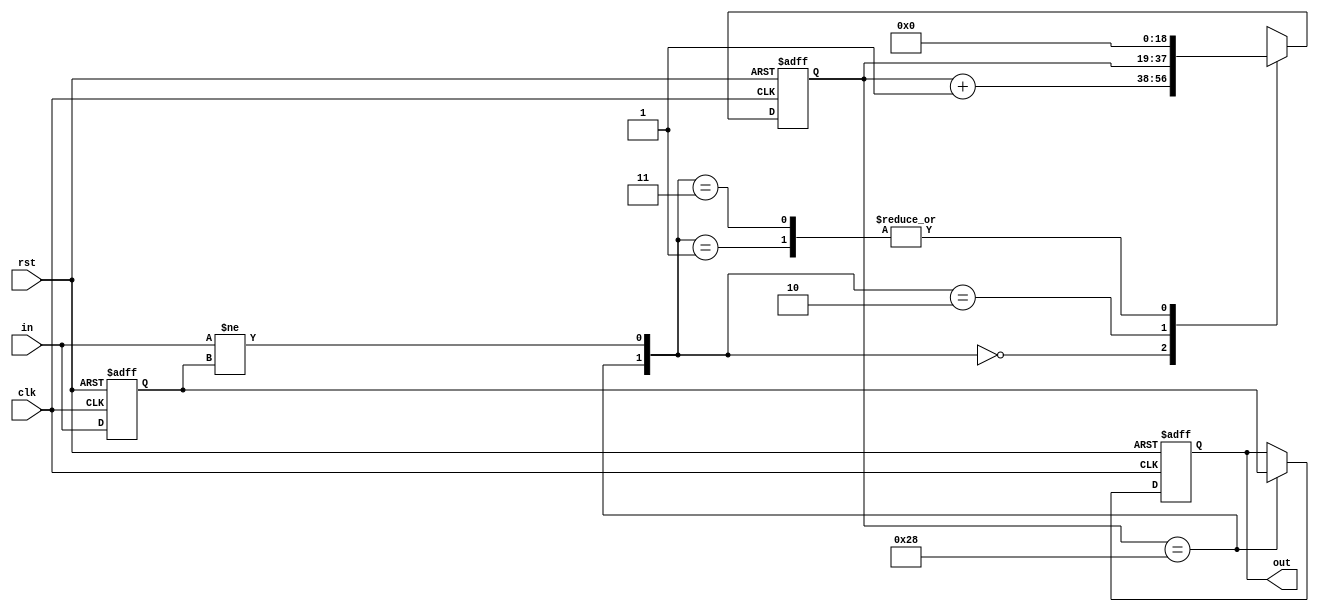
`timescale 1ns / 1ps

module debouncer(
	input 	wire 			rst,
	input 	wire 			clk,
	input 	wire			in,
	output	reg				out
);

parameter DELAY = 40;

reg in_reg;
reg [18:0] cnt;

wire cnt_clr;
wire cnt_expire;

assign cnt_clr = (in != in_reg);
assign cnt_expire = (cnt == DELAY);

always @ (posedge clk or posedge rst) begin
	if(rst) in_reg <= 1'b0;
	else in_reg <= in;
end

always @ (posedge clk or posedge rst) begin
	if(rst) cnt <= 19'b0000000000000000000;
	else begin
		case({cnt_expire, cnt_clr})
			2'b00: cnt <= cnt+19'b0000000000000000001;            
			2'b01: cnt <= 0;
			2'b10: cnt <= cnt;
			2'b11: cnt <= 0;
		endcase
	end
end

always @ (posedge clk or posedge rst) begin
	if(rst) out <= 1'b0;
	else begin
		if(cnt_expire) out <= in_reg;
		else out <= out;
	end
end

endmodule